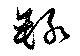
録